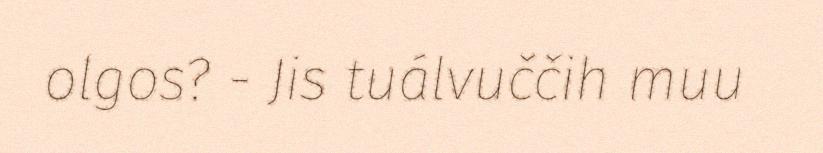
olgos? - Jis tuálvuččih muu